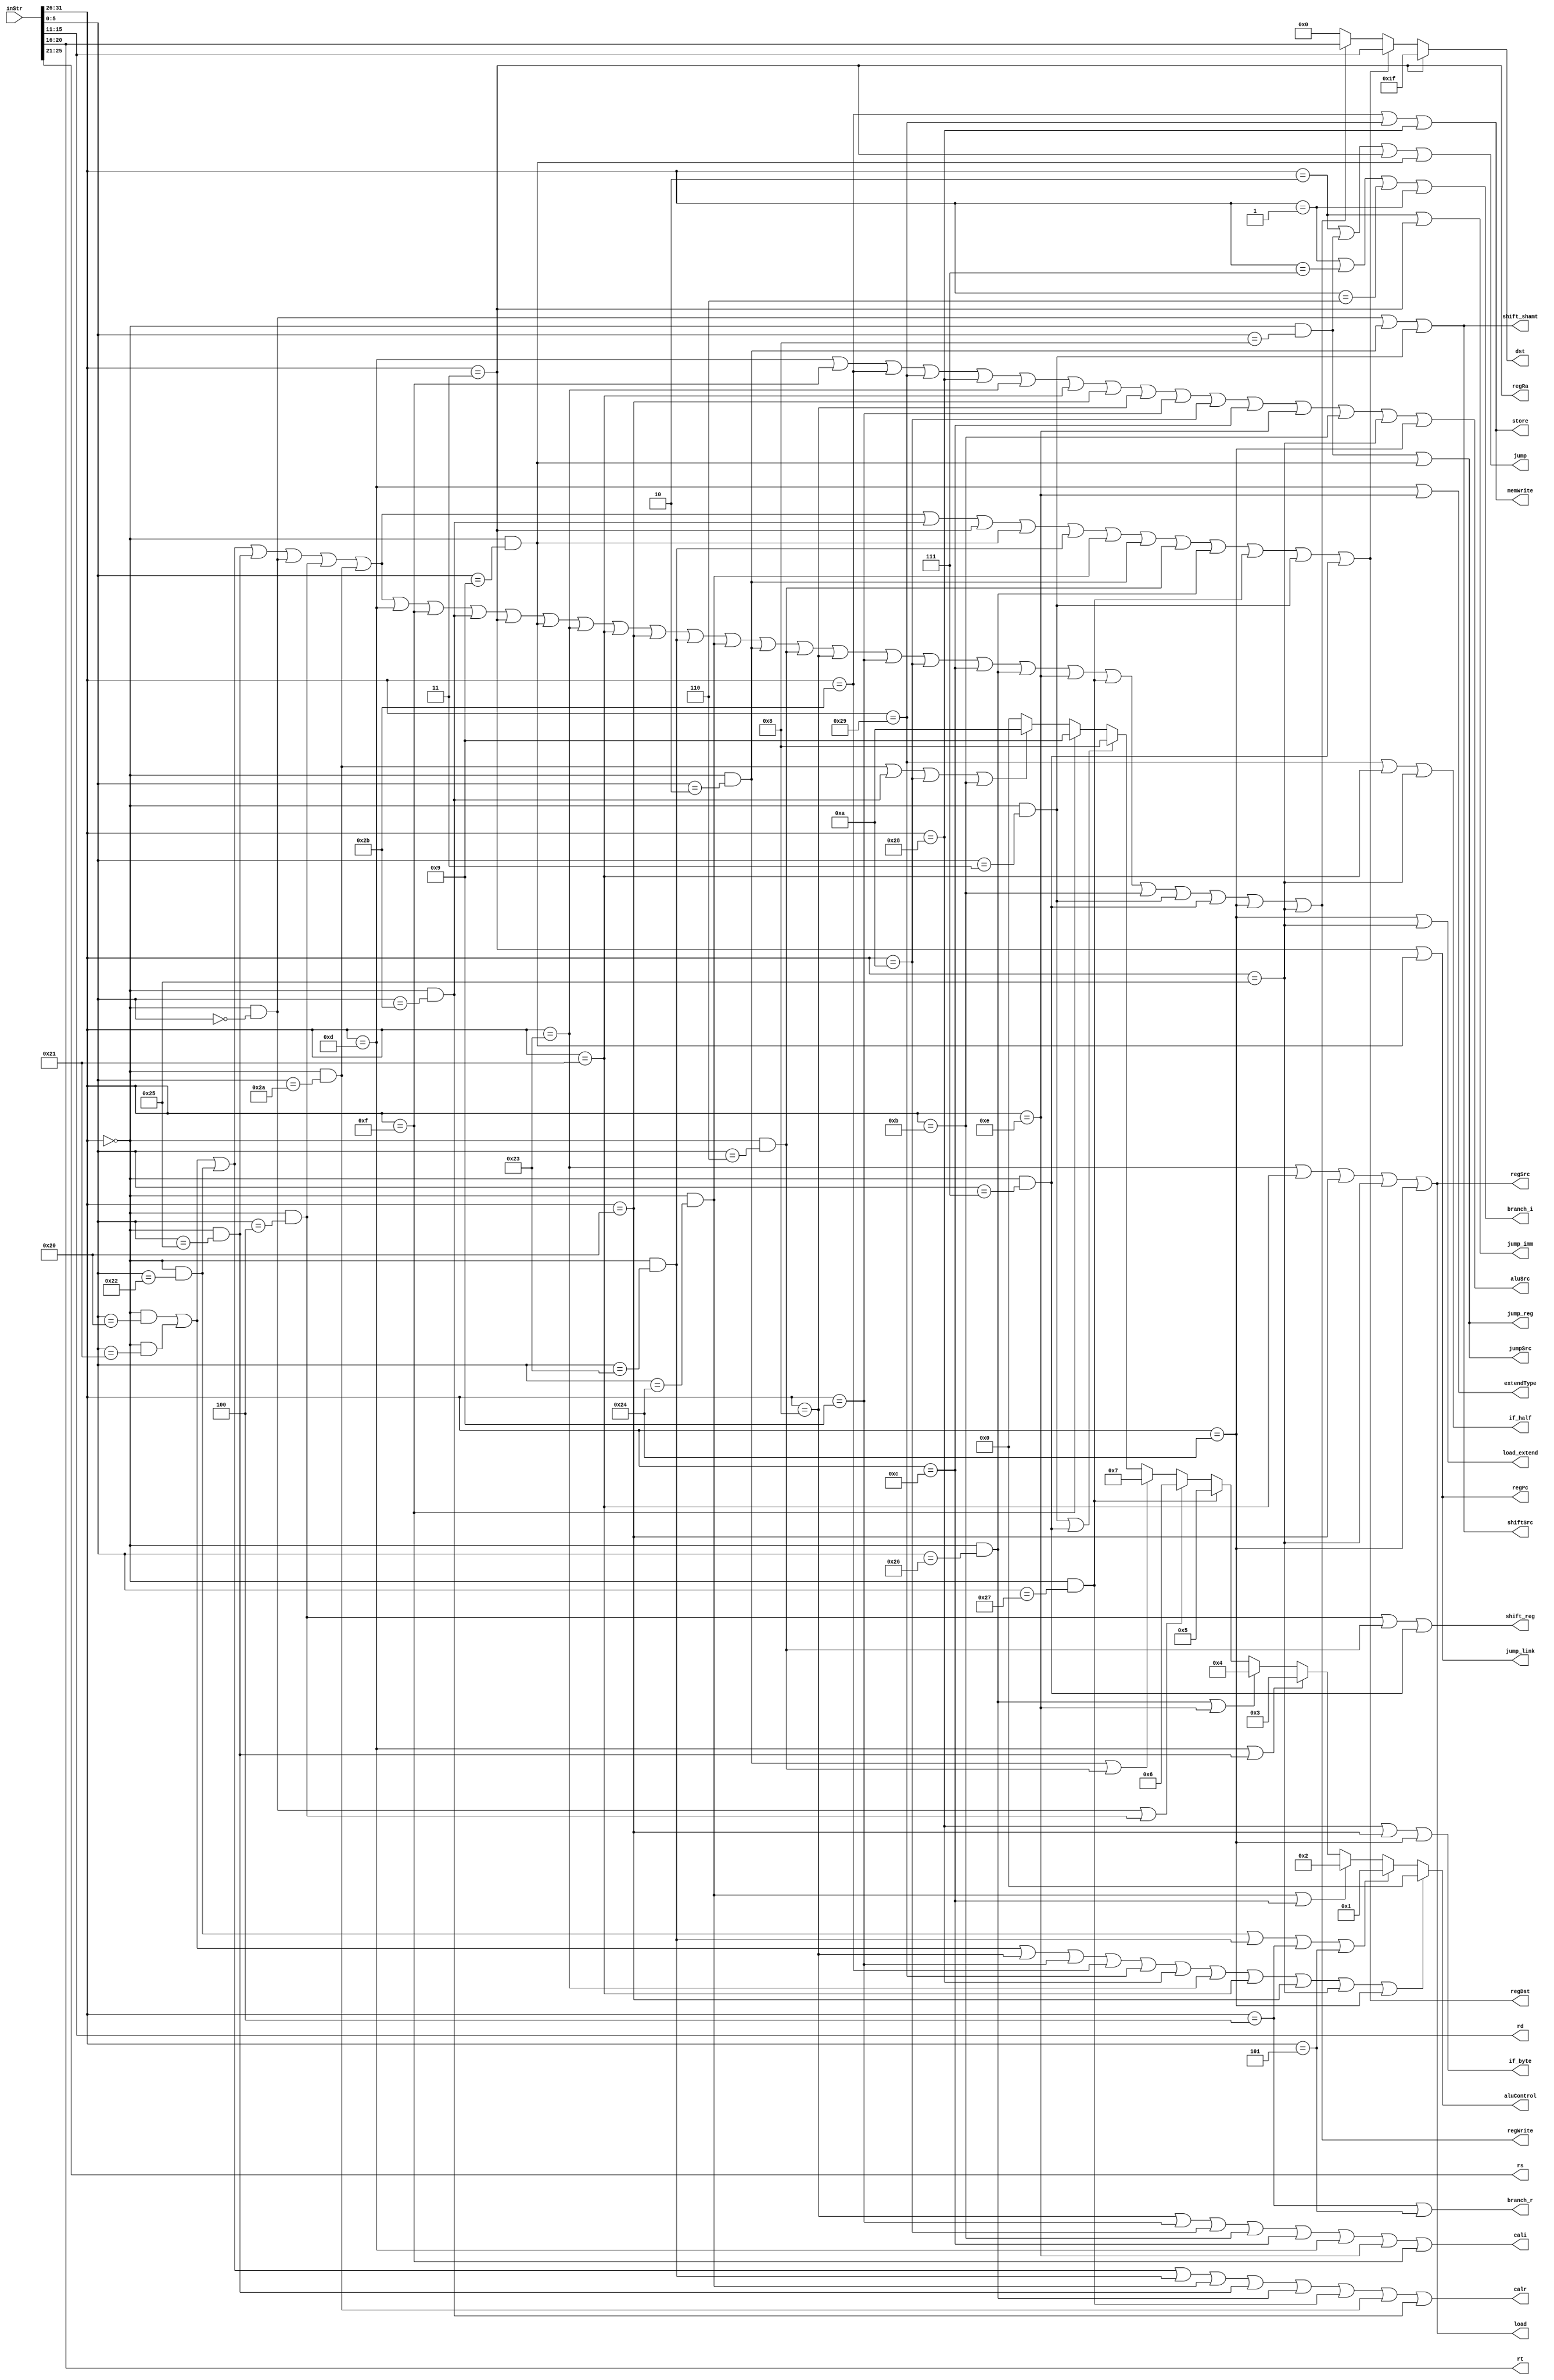
`timescale 1ns / 1ps

module ctrl(
    input [31:0] inStr,

    output regWrite,
    output regDst,
    output regRa,
    output regSrc,
    output regPc,
    output aluSrc,
    output extendType,
    output shiftSrc,
    output memWrite,
    output jump,
    output jumpSrc,
    output [3:0] aluControl,
    output if_byte,
    output if_half,
    output load_extend,

    output [4:0] rs,
    output [4:0] rt,
    output [4:0] rd,

    output [4:0] dst,
    output calr,
    output cali,
    output store,
    output load,
    output jump_imm,
    output jump_reg,
    output jump_link,
    output branch_r,
    output branch_i,
    output shift_reg,
    output shift_shamt
    );

wire [5:0] op = inStr[31:26];
wire [5:0] func = inStr[5:0];
assign rd = inStr[15:11];
assign rt = inStr[20:16];
assign rs = inStr[25:21];

wire _add = (op==6'b000000) & (func==6'b100000);
wire _addu = (op==6'b000000) & (func==6'b100001);
wire _sub = (op==6'b000000) & (func==6'b100010);
wire _subu = (op==6'b000000) & (func==6'b100011);
wire _and = (op==6'b000000) & (func==6'b100100);
wire _or = (op==6'b000000) & (func==6'b100101);
wire _xor = (op==6'b000000) & (func==6'b100110);
wire _nor = (op==6'b000000) & (func==6'b100111);
wire _sll = (op==6'b000000) & (func==6'b000000);
wire _sllv = (op==6'b000000) & (func==6'b000100);
wire _srl = (op==6'b000000) & (func==6'b000010);
wire _srlv = (op==6'b000000) & (func==6'b000110);
wire _sra = (op==6'b000000) & (func==6'b000011);
wire _srav = (op==6'b000000) & (func==6'b000111);
wire _slt = (op==6'b000000) & (func==6'b101010);
wire _sltu = (op==6'b000000) & (func==6'b101011);
wire _jr = (op==6'b000000) & (func==6'b001000);
wire _jalr = (op==6'b000000) & (func==6'b001001);

wire _addi = op==6'b001000;
wire _addiu = op==6'b001001;
wire _slti = op==6'b001010;
wire _sltiu = op==6'b001011;
wire _andi = op==6'b001100;
wire _ori = op==6'b001101;
wire _xori = op==6'b001110;
wire _lui = op==6'b001111;
wire _beq = op==6'b000100;
wire _bne = op==6'b000101;
wire _bgez = op==6'b000001;
wire _bgtz = op==6'b000111;
wire _blez = op==6'b000110;
wire _bltz = op==6'b000001;
wire _j = op==6'b000010;
wire _jal = op==6'b000011;
wire _sw = op==6'b101011;
wire _sh = op==6'b101001;
wire _sb = op==6'b101000;
wire _lw = op==6'b100011;
wire _lh = op==6'b100001;
wire _lb = op==6'b100000;
wire _lbu = op==6'b100100;
wire _lhu = op==6'b100101;

assign regWrite = _add | _addu | _sub | _or | _sll |
                  _sllv | _slt | _ori | _lui | _sltu |
                  _jal | _jalr | _lw | _lh | _lb | _subu |
                  _and | _srl | _srlv | _addi | _addiu |
                  _slti | _andi | _xor | _xori | _nor |
                  _sltiu | _sra | _srav | _lbu | _lhu;

assign regDst = _add | _addu | _sub | _or | _sll |
                _sllv | _slt | _sltu | _jal | _jalr |
                _subu | _and | _srl | _srlv | _xor |
                _nor | _sra | _srav;

assign regRa = _jal;

assign regSrc = _lw | _lh | _lb | _lhu | _lbu;

assign regPc = _jal | _jalr;

assign aluSrc = _ori | _lui | _sw | _sh | _sb |
                _lw | _lh | _lb | _addi | _addiu |
                _slti | _andi | _xori | _sltiu |
                _lhu | _lbu;

assign extendType = _ori | _xori;

assign shiftSrc = _sll | _srl | _sra;

assign memWrite = _sw | _sh | _sb;

assign jump = _j | _jr | _jal | _jalr;

assign jumpSrc = _jr | _jalr;

assign if_byte = _sb | _lb | _lbu;

assign if_half = _sh | _lh | _lhu;

assign load_extend = _lbu | _lhu;

assign aluControl = (_add | _addu | _addi | _addiu |
                          _sw | _sh | _sb |
                          _lw | _lh | _lb | _lhu | _lbu) ? 4'b0000 :
                    (_sub | _subu | _beq | _bne) ? 4'b0001 :
                    (_and | _andi) ? 4'b0010 :
                    (_ori | _or) ? 4'b0011 :
                    (_xor | _xori) ? 4'b0100 :
                    (_nor) ? 4'b0101 :
                    (_sll | _sllv) ? 4'b0110 :
                    (_srl | _srlv) ? 4'b0111 :
                    (_sra | _srav) ? 4'b1000 :
                    (_lui) ? 4'b1001 :
                    (_slt | _sltu | _slti | _sltiu) ? 4'b1010 : 
                    4'b0000;


//------about flush------
//-----------------------

assign calr = _add | _addu | _sub | _subu | _and |
              _or | _xor | _nor | _slt | _sltu;

assign cali = _addi | _addiu | _slti | _sltiu | _andi |
              _ori | _xori | _lui;

assign store = _sw | _sh | _sb;

assign load = _lw | _lh | _lb | _lhu | _lbu;

assign jump_imm = _j | _jal;

assign jump_reg = _jr | _jalr;

assign jump_link = _jal | _jalr;

assign branch_r = _beq | _bne;

assign branch_i = _bgez | _bgtz | _blez | _bltz;

assign shift_shamt = _sll | _srl | _sra;

assign shift_reg = _sllv | _srlv | _srav;

assign dst = regRa==1 ? 5'b11111 :
              regDst==1 ? rd :
              regWrite==1 ? rt  :
              5'b00000 ;

endmodule